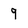
Character: 9